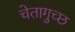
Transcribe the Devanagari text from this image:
चेतागुच्छ